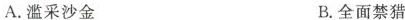
A.滥采沙金 B.全面禁猎